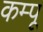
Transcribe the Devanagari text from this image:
कम्पू